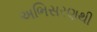
અભિસરણથી